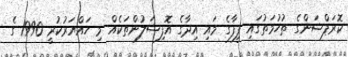
ކޮރަޕްޝަންގެ ތުހުމަތުގައި ފީފާގެ މައި އިދާގެ އޮފިޝަލުންތަކެއް މި ހައްޔަރުކުރީ 1990 ގެ